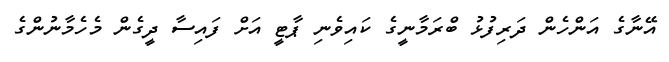
އޭނާގެ އަންހެން ދަރިފުޅު ބްރަމާނީގެ ކައިވެނި ޕާޓީ އަށް ފައިސާ ދީގެން މެހެމާނުންގެ